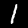
Label: 1